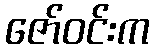
ဇော်ဝင်းက